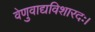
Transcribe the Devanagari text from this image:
वेणुवाद्यविशारदः।